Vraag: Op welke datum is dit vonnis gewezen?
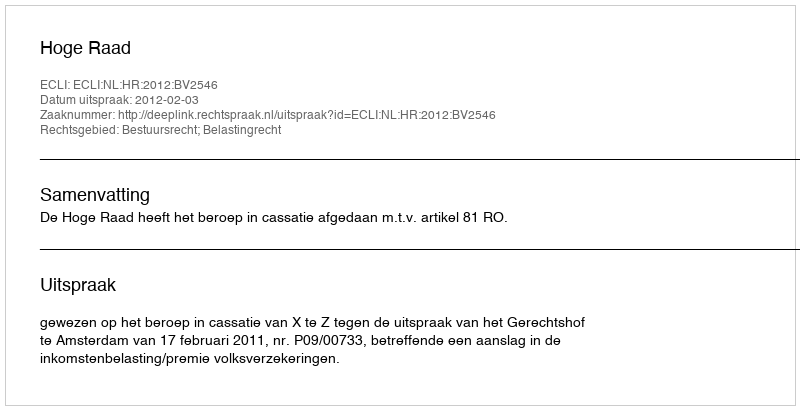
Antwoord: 2012-02-03